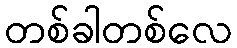
တစ်ခါတစ်လေ